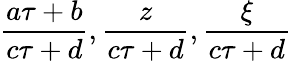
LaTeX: \frac{a\tau+b}{c\tau+d},\frac{z}{c\tau+d},\frac{\xi}{c\tau+d}